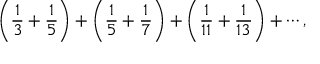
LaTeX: \left( { { \frac { 1 } { 3 } } + { \frac { 1 } { 5 } } } \right) + \left( { { \frac { 1 } { 5 } } + { \frac { 1 } { 7 } } } \right) + \left( { { \frac { 1 } { 1 1 } } + { \frac { 1 } { 1 3 } } } \right) + \cdots ,